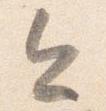
今